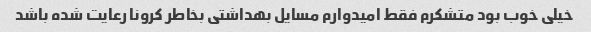
خیلی خوب بود متشکرم فقط امیدوارم مسایل بهداشتی بخاطر کرونا رعایت شده باشد